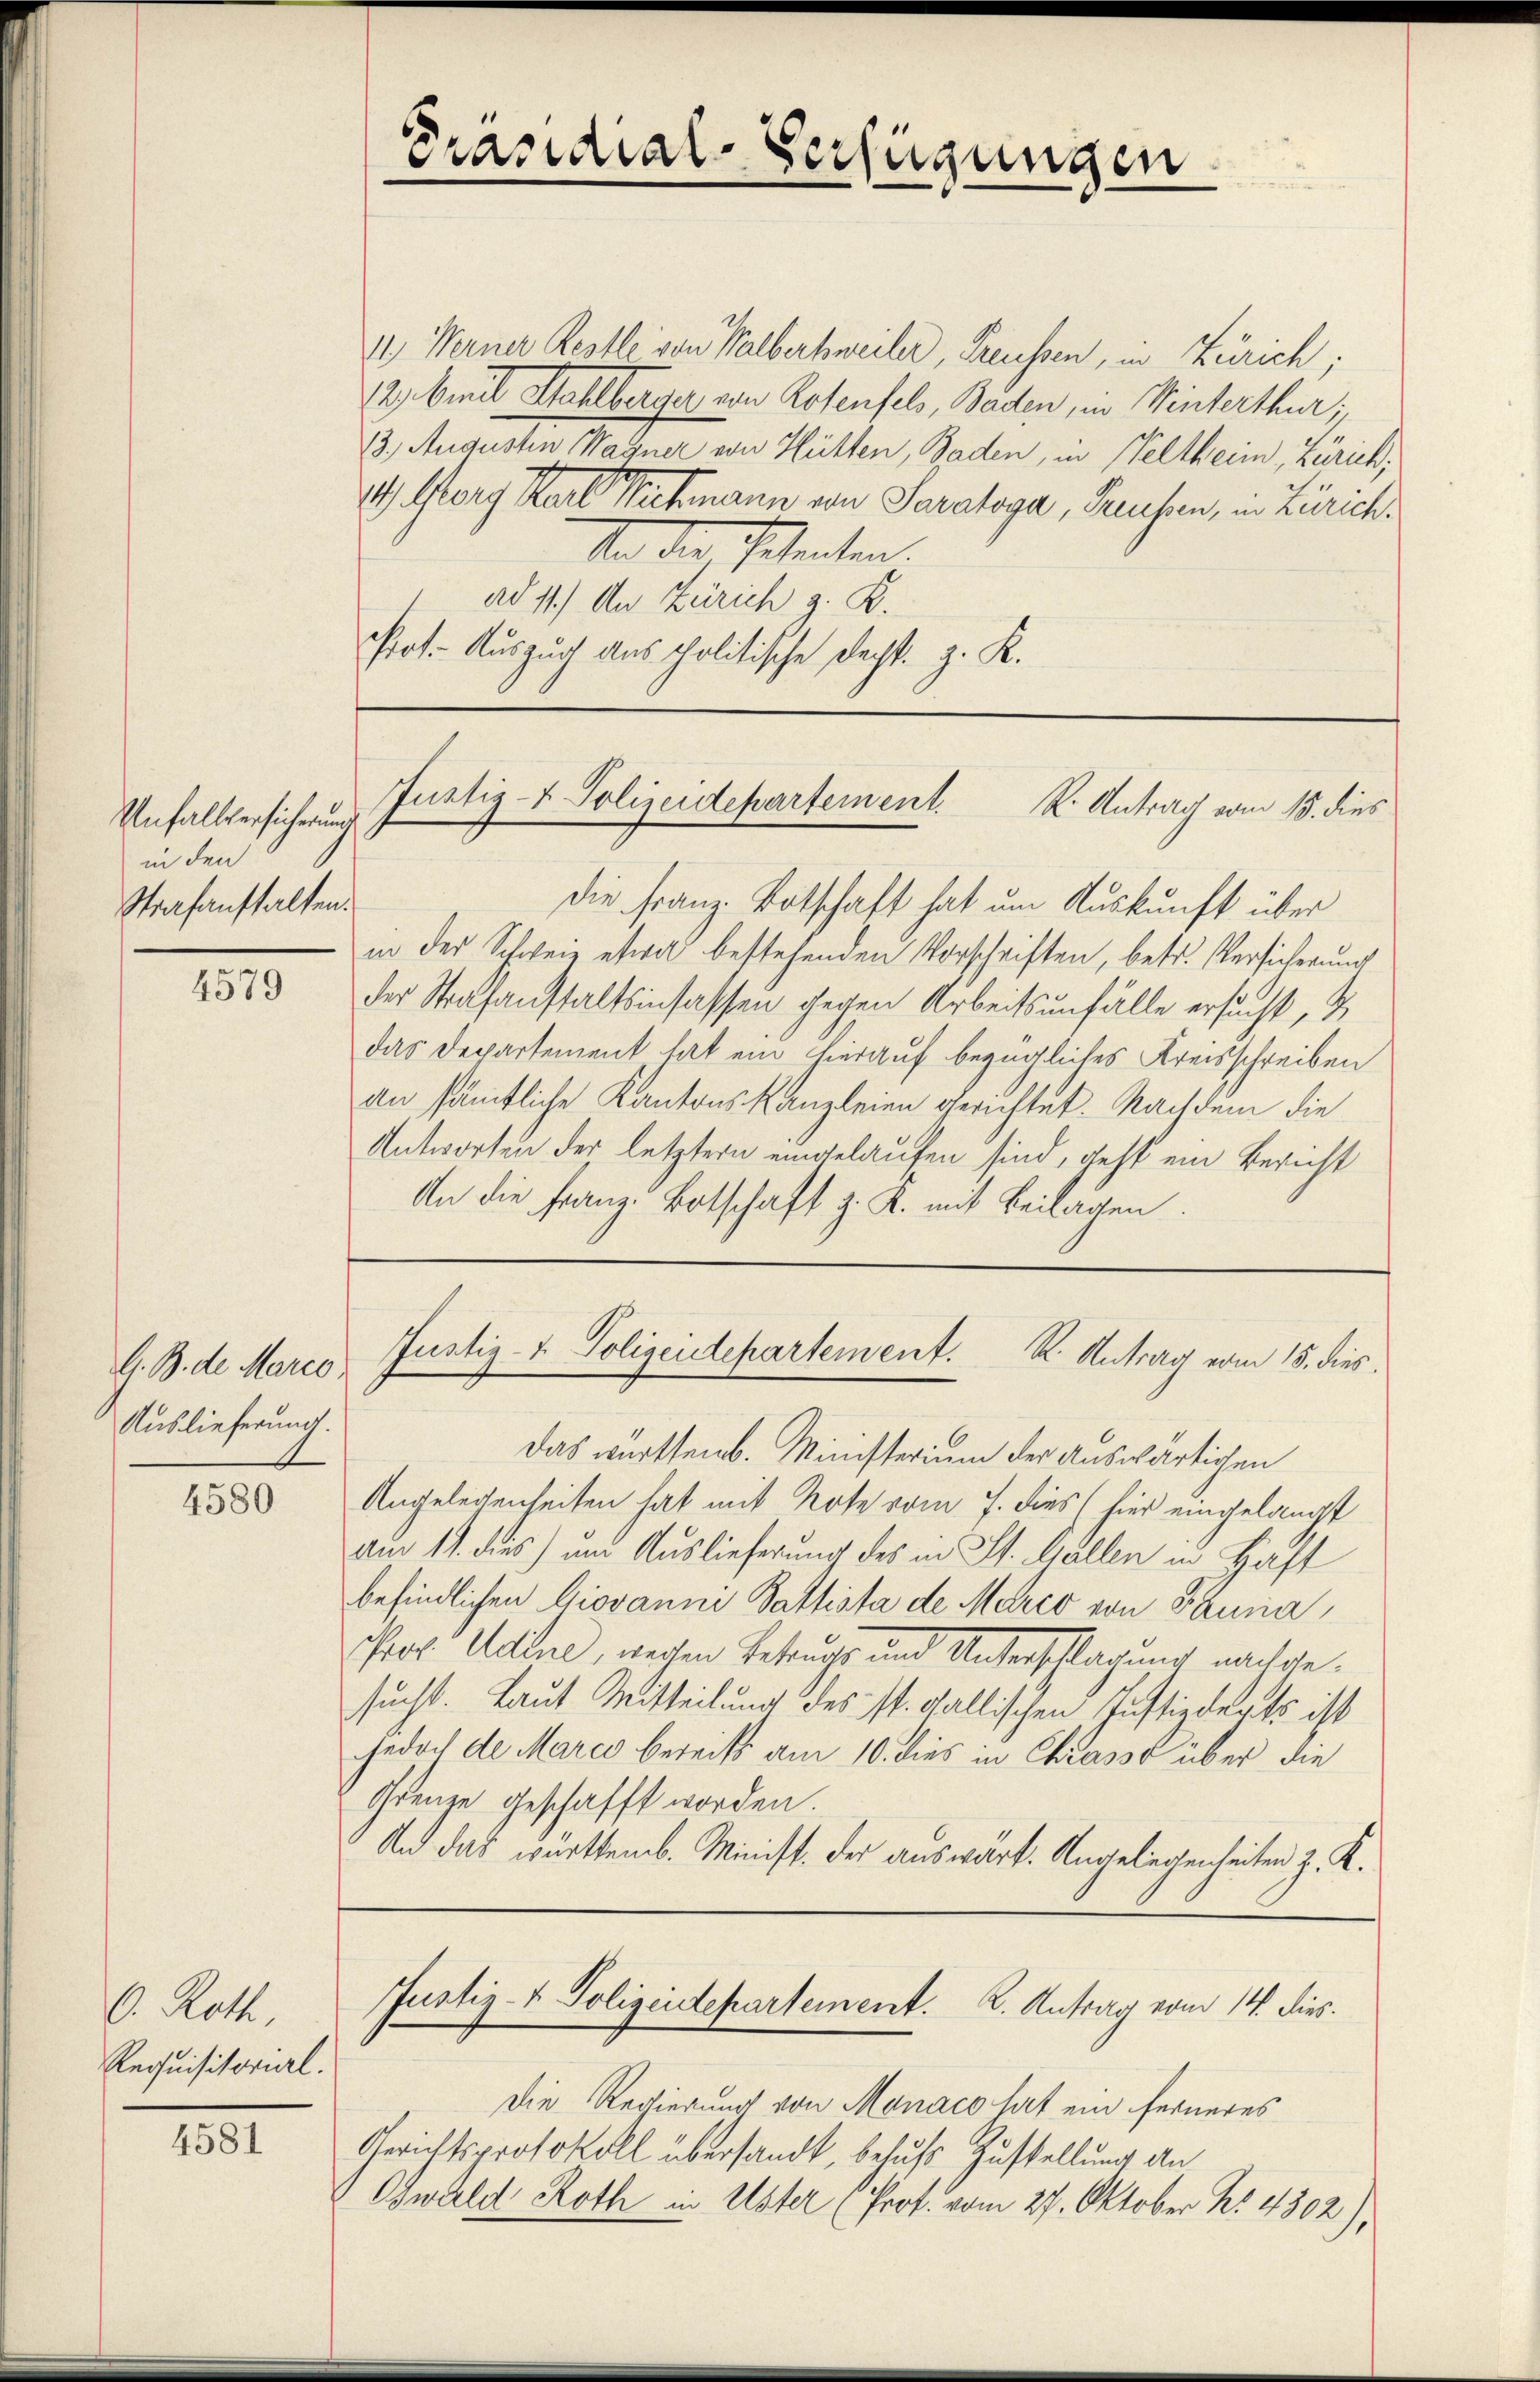
Unfallversicherung
in den
Strafanstalten.

4579

A. B. de Marie
Auslieferung.

4580

6. Roth,
Requisitorial.

4581

11) Werner Kestle von Kalbertweiler Treussen, in Zürich;
12) Biel Wahlberger von Rotenfels, Baden, in Winterthur.
13., Augusten Wagner von Hütten, Baden, in Veltheim, Zürich,
1). Morg Karl Pickmann von Paraloga, Preusen, in Zürich.
An die Petenten.
ad 11.) An Zürich z. K.
Prot. Auszug aus politische dacht z. K.

die Franz Botschaft hat um Auskunft über
in der Schweiz etwas bestehenden Vorschriften, betr. Versicherung
der Staatsanstaltsinsassen gegen Arbeitsunfälle ersucht, &
das Departement hat ein hierauf bezügliches Kreisschreiben
an sämtliche Kantons Kanzleien gerichtet. Nachdem die
Antworten der letztern eingelaufen sind, geht ein Bericht
An die Franz-Botschaft z. K. mit Beilagen.

Das württemb. Ministerium der auswärtigen
Angelegenheiten hat mit Rote vom 7. dies (hier eingelangt
Ain 11. dies) am Auslieferung des in St. Gallen in Häft
befindlichen Giovanne Sattista de Mehrer von Bauma,
por Vater, weiten Besuchs und Unterschlagung nachgesucht. Laut Mitteilung des St. Gallischen Justizderts ist
jedoch de Marco bereits am 10. dies in Chrasso über die
Grenze geschafft worden.
Und das warttemb. Minist. Der auswart. Angelegenheiten z. K.

Präsidial-Verfügungen

Justiz- & Polizeidepartement. K. Antrag vom 15. dies

Justiz- & Polizeidepartement. K. Antrag vom 15. dies

Justiz- & Polizeidepartement. K. Antrag vom 14. dies.

Die Regierung von Manaco hat ein ferneres
Gerichtsprotokoll übersandt, behufs Zustellung an
Oswald Roth in Uster (Prof. vom 27. Oktober N: 4302),